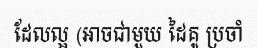
ដែលល្អ (អាចជាមួយ ដៃគូ ប្រចាំ